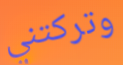
وتركتني